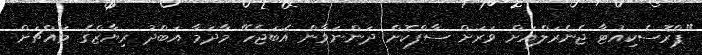
"ޕްރޮސެކިއުޓާ ޖެނެރަލްއަށް ވަރަށް ސާފްކޮށް ދަންނަވާން އެބަޖެހޭ މާދަމާ އަބްދު ރިޔާޒްގެ މައްޗަށް